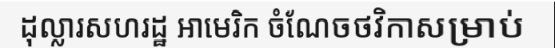
ដុល្លារសហរដ្ឋ អាមេរិក ចំណែចថវិកាសម្រាប់